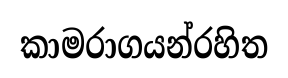
කාමරාගයන්රහිත